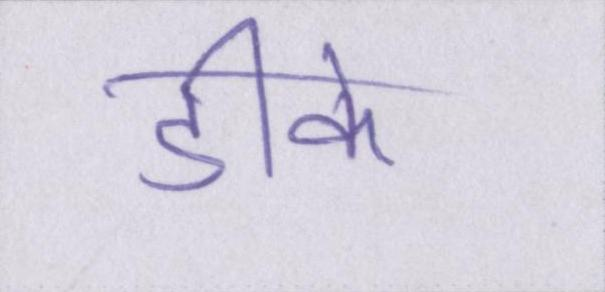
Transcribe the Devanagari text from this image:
डीके